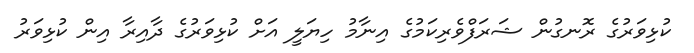
ކުޅިވަރުގެ ރޮނގުން ޝަރަފްވެރިކަމުގެ އިނާމު ހިޔަލީ އަށް ކުޅިވަރުގެ ދާއިރާ އިން ކުޅިވަރު